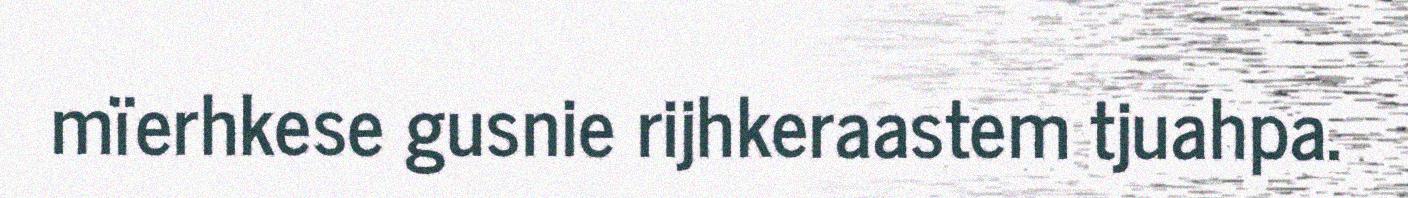
mïerhkese gusnie rijhkeraastem tjuahpa.